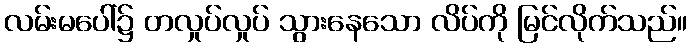
လမ်းမပေါ်၌ တလှုပ်လှုပ် သွားနေသော လိပ်ကို မြင်လိုက်သည်။